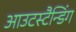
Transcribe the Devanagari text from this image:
आउटस्टैन्डिंग